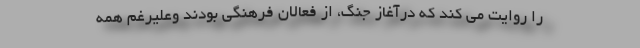
را روایت می کند که درآغاز جنگ، از فعالان فرهنگی بودند وعلیرغم همه